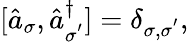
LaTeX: \begin{array}{r}{[\hat{a}_{\sigma},\hat{a}_{\sigma^{'}}^{\dagger}]=\delta_{{\sigma},{\sigma}^{'}},}\end{array}